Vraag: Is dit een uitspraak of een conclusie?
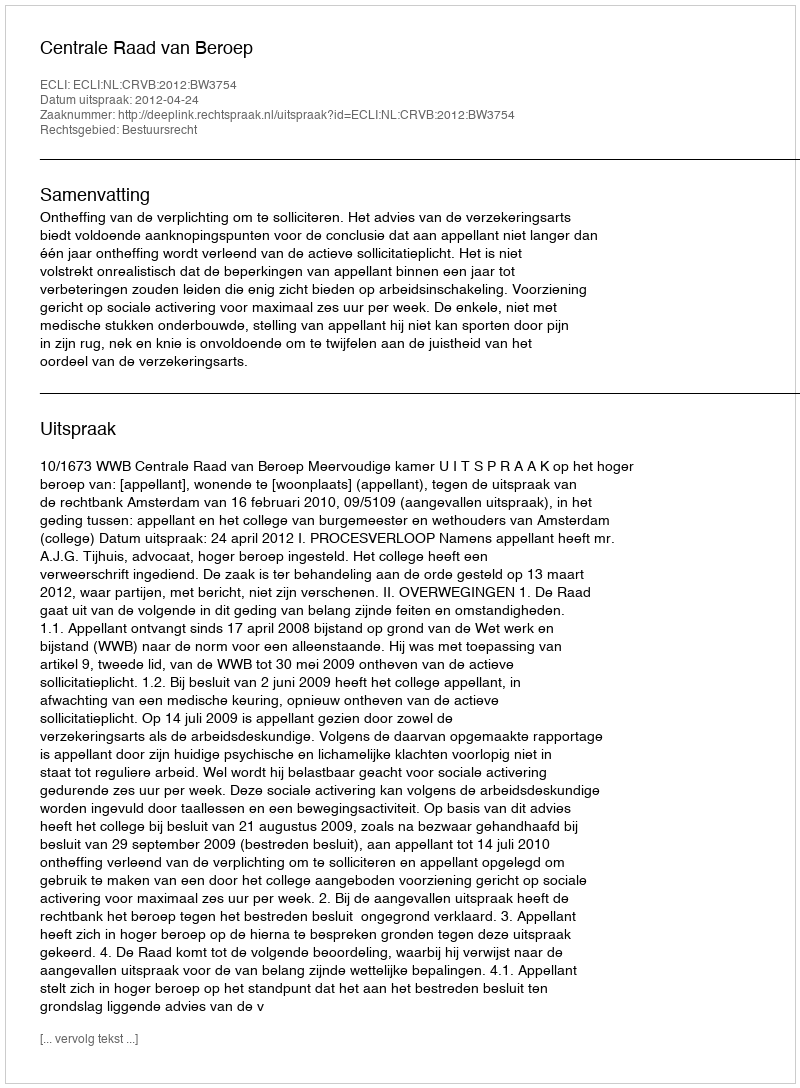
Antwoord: Uitspraak